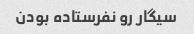
سیگار رو نفرستاده بودن